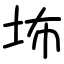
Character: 㘵